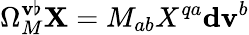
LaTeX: \Omega_{M}^{\mathbf{v}\flat}\mathbf{{X}}=M_{ab}X^{qa}\mathbf{{d}}\mathbf{v}^{b}